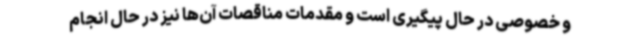
و خصوصی در حال پیگیری است و مقدمات مناقصات آن‌ها نیز در حال انجام